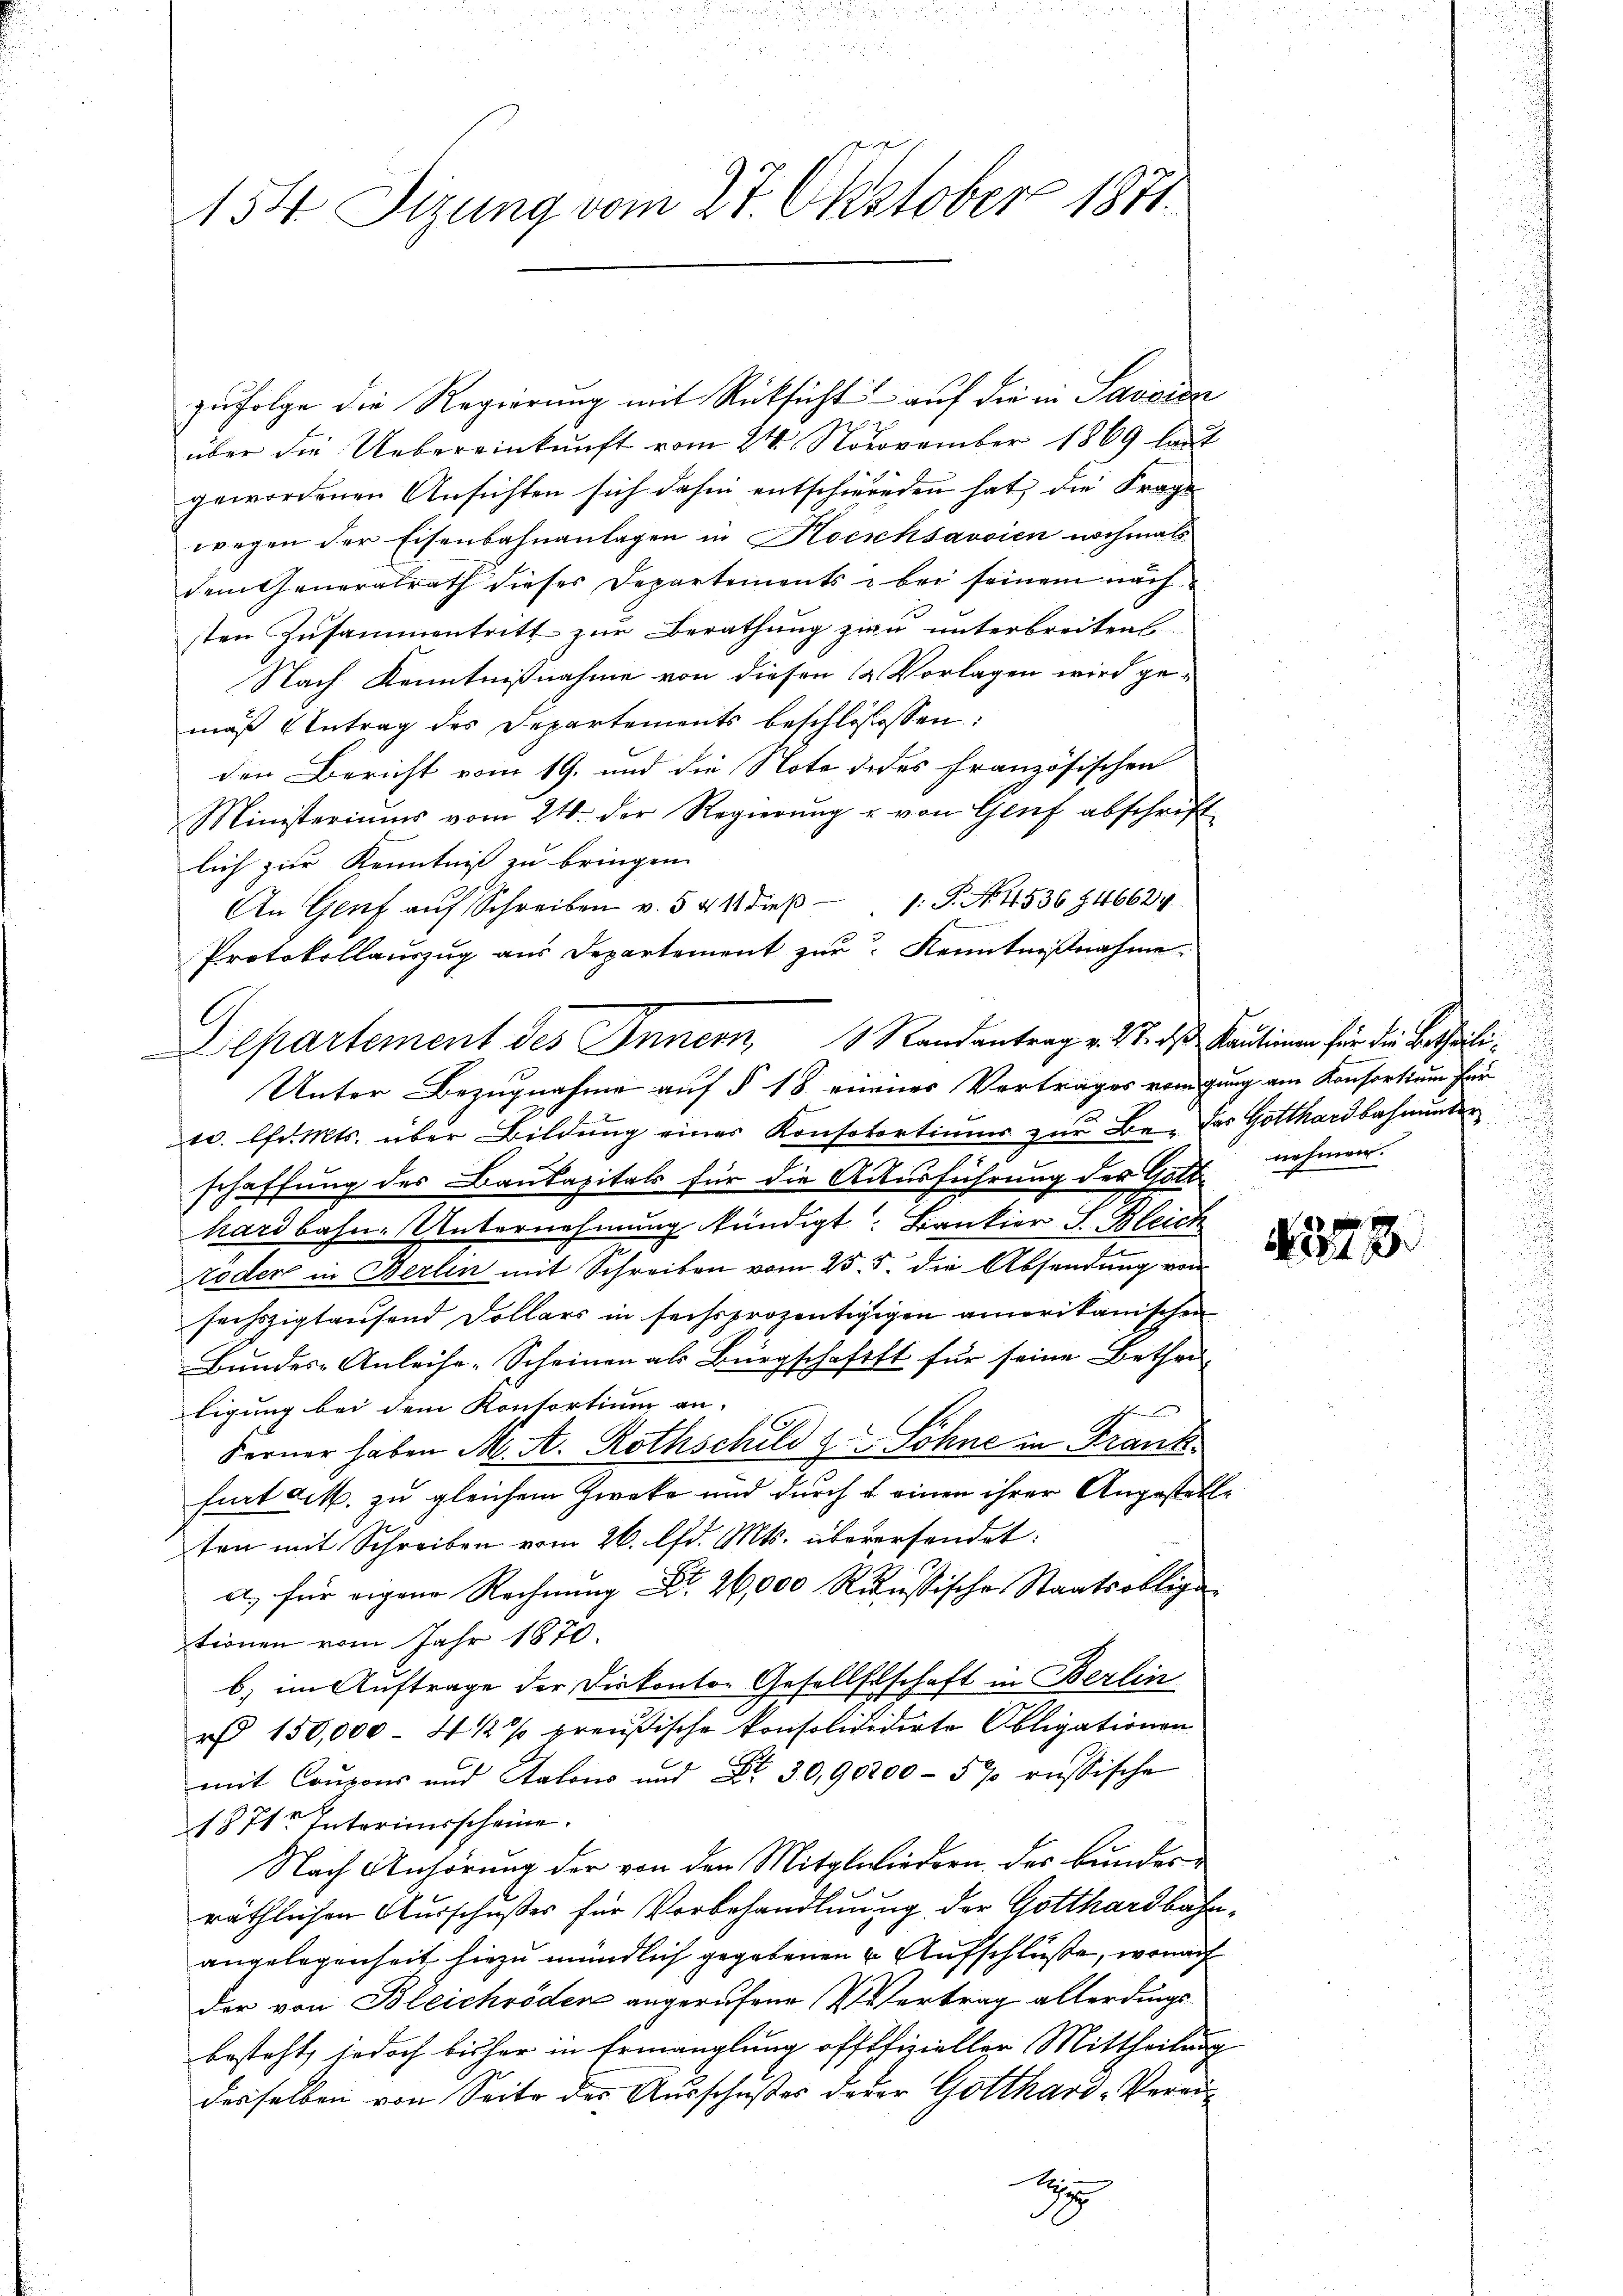
154. Sizung vom 27. Oktober 1871

zŭfolge die Regierung mit Rücksicht auf die in Savoien
über die Uebereinkunft vom 24. Novovember 1869 laut
gewordenen Ansichten sich dahin entschwerden hat, die Frage
wegen der Eisenbahnanlagen in Hocschsavoien nochmals
dem Generalrath dieses Departements & bei seinem näch
sten Zusammentritt zur Berathung zu unterbreitens.
Nach Kenntnißnahme von diesen 12 Vorlagen wird gemäß Antrag des Departements beschlossessen:
den Bericht vom 19. und die Note dedes französischen
Ministeriums vom 24. der Regierung u. von Genf abschriftlich zur Kenntniß zu bringen.
An Genf aŭf Schreiben v. 541 dieβ 1: P. No. 4536846624
Protokollauszug aus Departement zur Kenntnißnahme.
.
sc. lfd. Mts. über Bildung eines Konsotortiums zur Be- das Gotthardbahnunter
schaffung des Baukapitals für die Ausführung der Gotthardbahn-Unternehmung kündigt. Bankier S. Bleich
oder in Berlin mit Schreiben vom 25. 5. die Absendung von
sechszigtausend Dollars in sechsprozentigigen amerikanischen
Bundes- Anleise-Scheinen als Bürgschafft für seine Betheiligung bei dem Konsortium an
Ferner haben M. A. Rothschuld z. Söhne in Frank
furt act. zu gleichem Zwecke und durch u. einen ihrer Angestellten mit Schreiben vom 26. lfd. Mts. überersendet:
a, für eigene Rechnung Nr. 26,000 Reussische Staatsobliga
tionen vom Jahr 1870.
b) im Auftrage der Diekontor Gesellschaft in Berlin
r 150,000 - 4 1/2 % preußische konsolididirte Obligationen
mit Coupons und Salons und Nr. 30,90200 - 5 % russische
1871. Taterimsscheine.
Nach Anhörung der von den Mitgliedern des Bundesräthlichen Ausschußes für Vorbehandlung der Gotthardbahnangelegenheit hiezu mündlich gegebenen u. Aufschlüße, wonach
der von Bleichröder angerufene Vertrag allerdings
besteht, jedoch bisher in Ermanglung offtfizieller Mittheilung
desselben von Seite des Ausschußes derer Gotthard-Verori
ge
A

Departement des Innern, 1 Randantrag v. 17. d. Kautionen für die Bertheili¬
Unter Bezugnahme auf § 18 eines Vertrages vorgung am Konsortium für

nehmen.

N 228